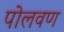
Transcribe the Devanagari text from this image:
पोलवण